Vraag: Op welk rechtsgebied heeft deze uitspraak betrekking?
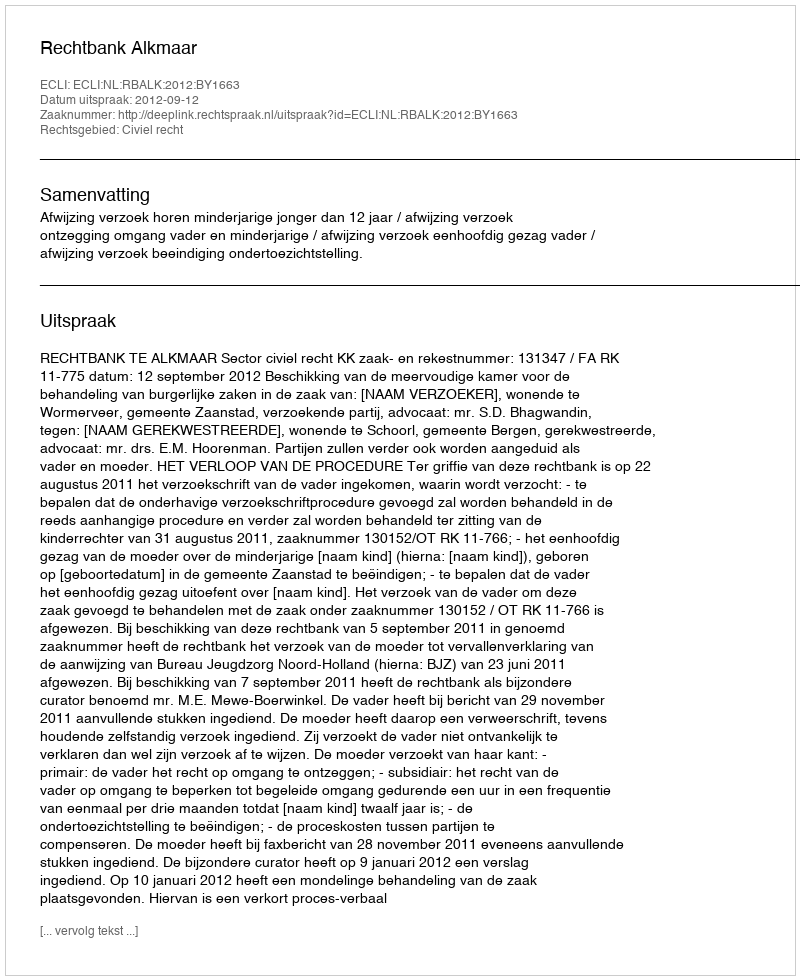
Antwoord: Civiel recht